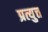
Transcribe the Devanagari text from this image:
प्रत्युत्त